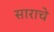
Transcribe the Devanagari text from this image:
साराचे